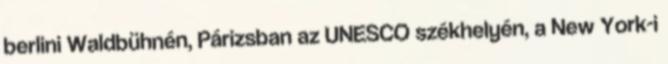
berlini Waldbühnén, Párizsban az UNESCO székhelyén, a New York-i